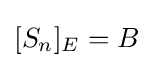
[S_{n}]_{E}=B